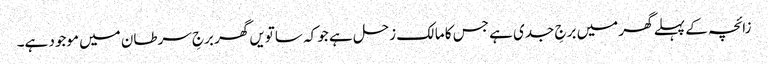
زائچہ کے پہلے گھر میں برجِ جدی ہے جس کا مالک زحل ہے جو کہ ساتویں گھر برجِ سرطان میں موجود ہے۔